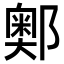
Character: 𨞓